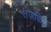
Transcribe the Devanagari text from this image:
तज़किए